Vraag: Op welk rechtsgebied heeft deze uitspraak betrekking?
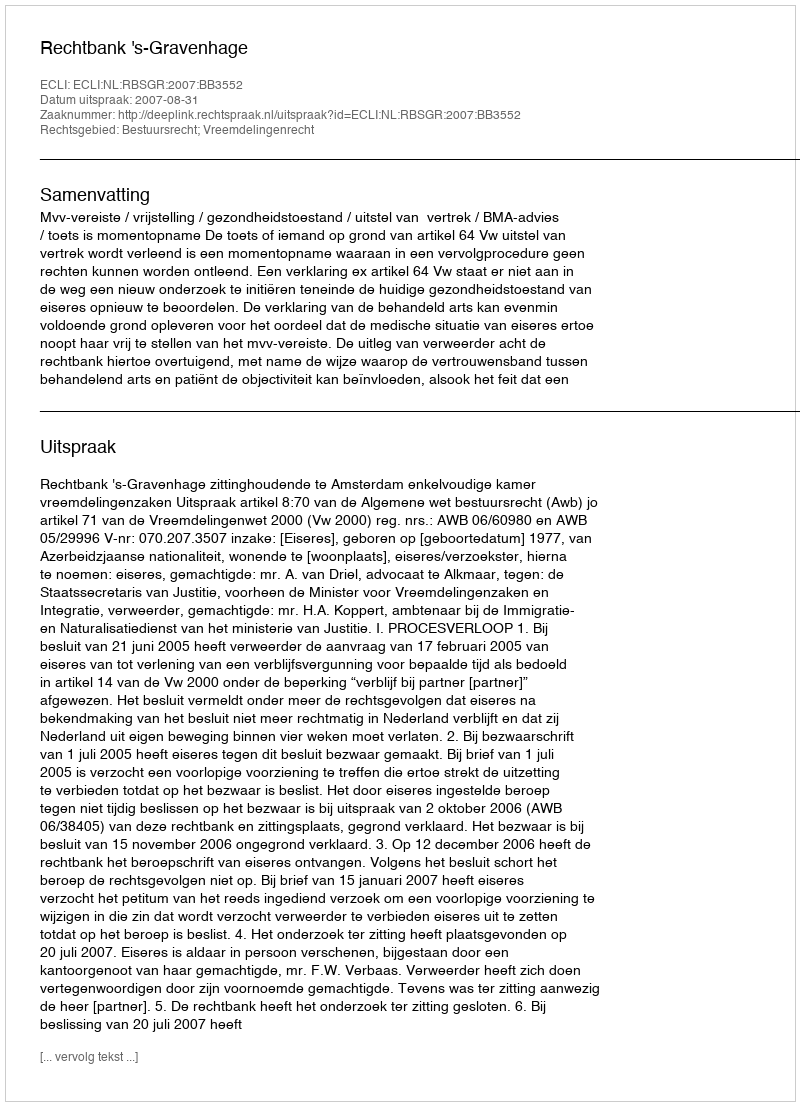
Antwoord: Bestuursrecht; Vreemdelingenrecht